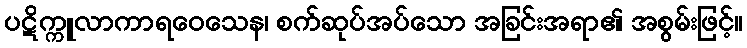
ပဋိက္ကူလာကာရဝေသေန၊ စက်ဆုပ်အပ်သော အခြင်းအရာ၏ အစွမ်းဖြင့်။